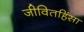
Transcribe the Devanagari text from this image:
जीवितहिंसा